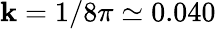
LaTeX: \mathbf{k}=1/8\pi\simeq0.040